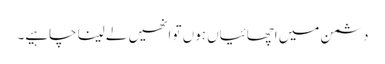
دشمن میں اچھائیاں ہوں تو انھیں لے لینا چاہیے۔